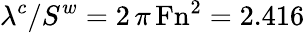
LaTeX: \lambda^{c}/S^{w}=2\, \pi\, \mathrm{Fn}^{2}=2.416